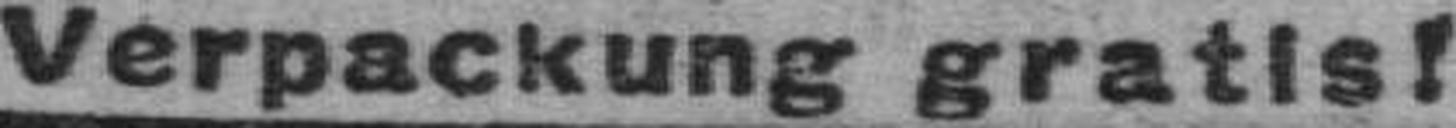
Verpackung gratis!